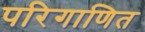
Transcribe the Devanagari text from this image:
परिगाणित